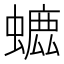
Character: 𧐳